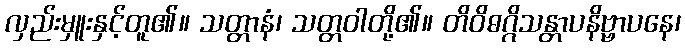
လှည်းမှူးနှင့်တူ၏။ သတ္တာနံ၊ သတ္တဝါတို့၏။ တိဝိဓဂ္ဂိသန္တာပနိဗ္ဗာပနေ၊